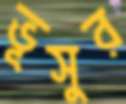
ভূসুর